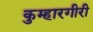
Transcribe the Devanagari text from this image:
कुम्हारगीरी